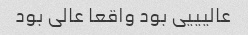
عالیییی بود واقعا عالی بود